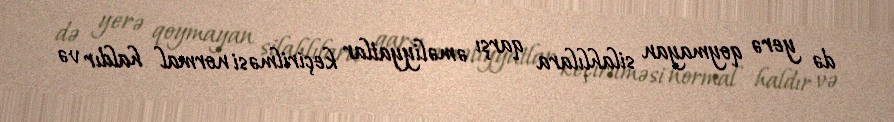
də yerə qoymayan silahlılara qarşı əməliyyatlar keçirilməsi normal haldır və